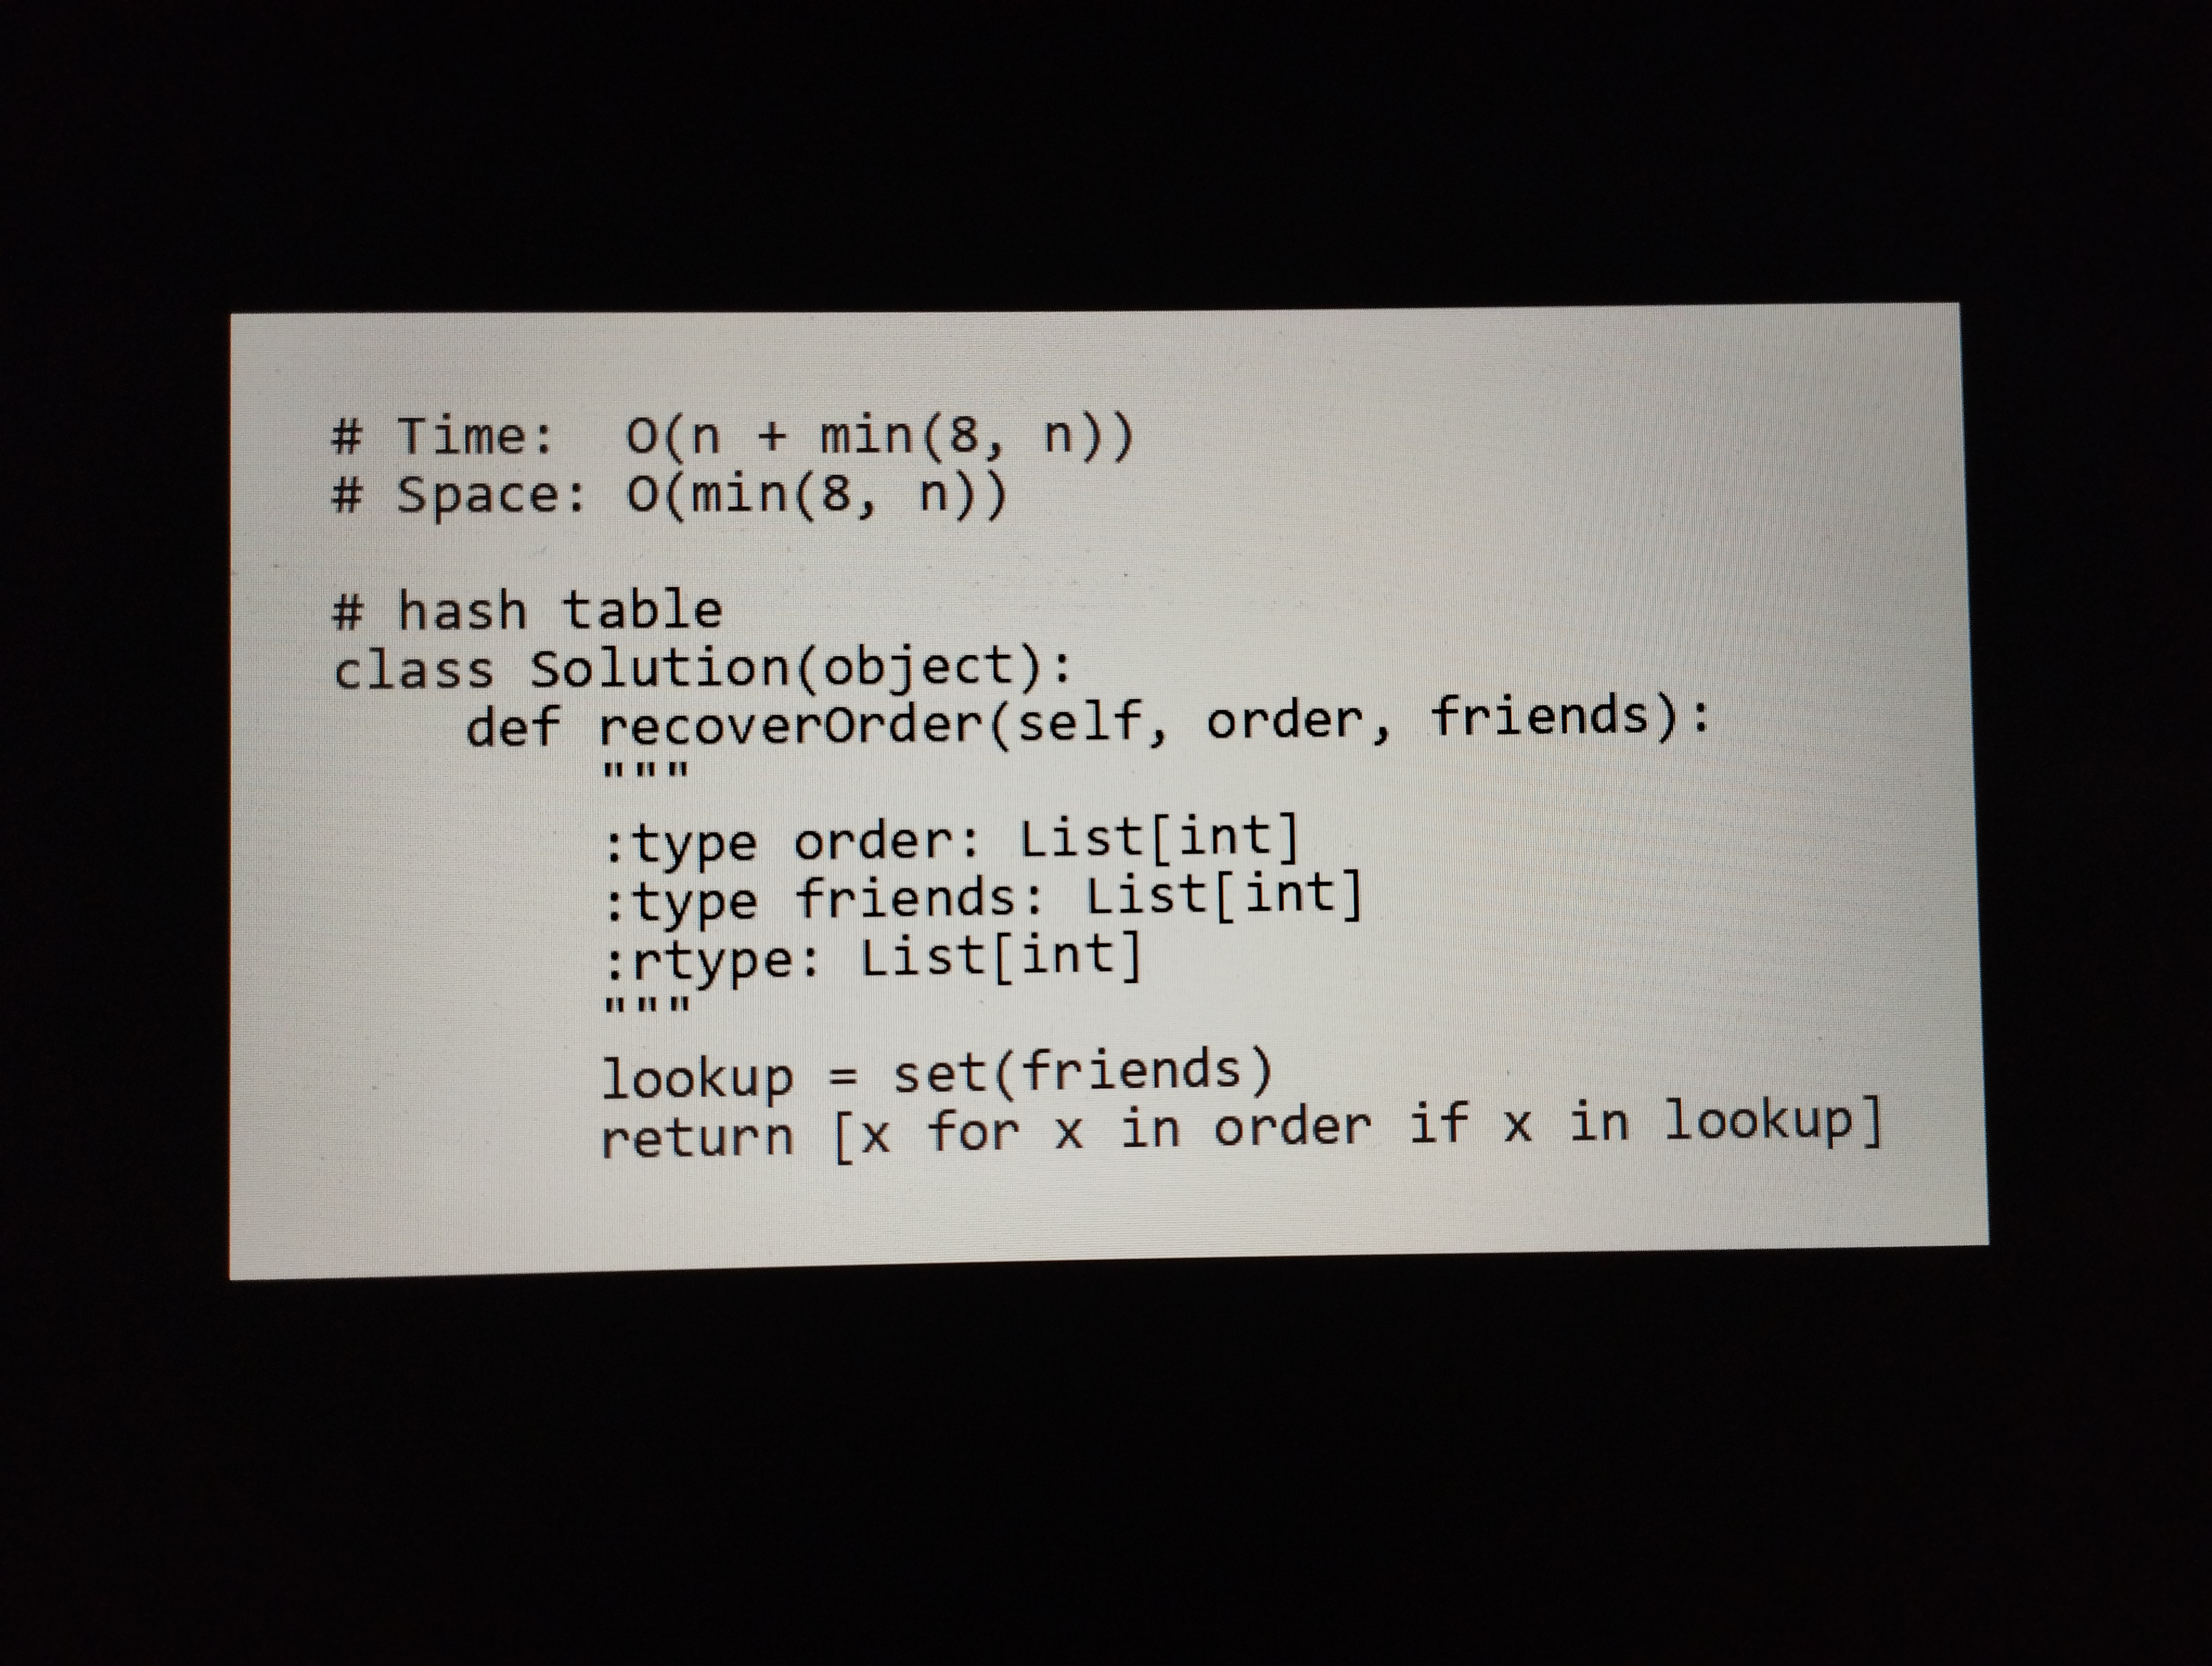
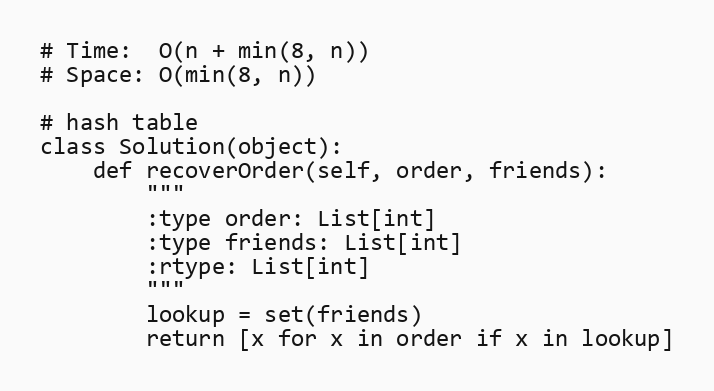
# Time:  O(n + min(8, n))
# Space: O(min(8, n))

# hash table
class Solution(object):
    def recoverOrder(self, order, friends):
        """
        :type order: List[int]
        :type friends: List[int]
        :rtype: List[int]
        """
        lookup = set(friends)
        return [x for x in order if x in lookup]